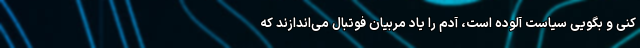
کنی و بگویی سیاست آلوده است، آدم را یاد مربیان فوتبال می‌اندازند که